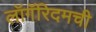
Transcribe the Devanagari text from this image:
लॉगॅरिदमची